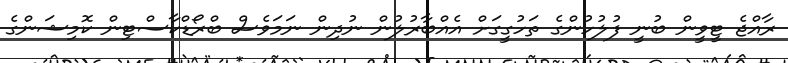
ރާއްޖެ ޓީވީން ބުނީ ފުލުހުންގެ ތަހުގީގަށް އެއްބާރުލުން ނުދިން ނަމަވެސް ބްރޯޑްކާސްޓިން ކޮމިޝަންގެ